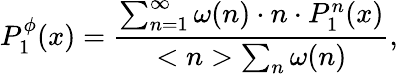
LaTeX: P_{1}^{\phi}(x)=\frac{\sum_{n=1}^{\infty}\omega(n)\cdot n\cdot P_{1}^{n}(x)}{<n>\sum_{n}\omega(n)},